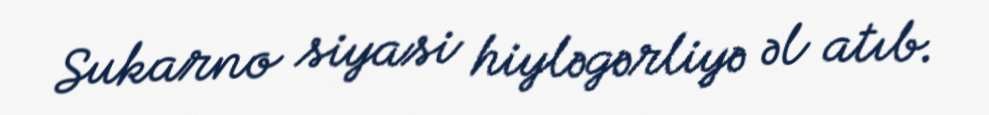
Sukarno siyasi hiyləgərliyə əl atıb.